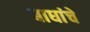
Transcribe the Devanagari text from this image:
बाधांचे